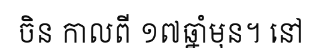
ចិន កាលពី ១៧ឆ្នាំមុន។ នៅ